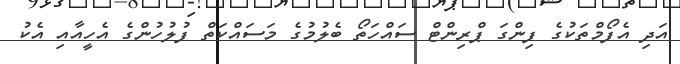
އަދި އެފޯމްތަކުގެ ފިންގަ ޕްރިންޓް ސައްހަތޯ ބެލުމުގެ މަސައްކަތް ފުލުހުންގެ އެހީއާއި އެކު